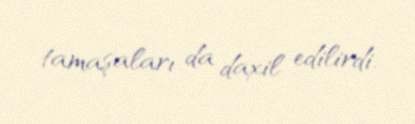
tamaşaları da daxil edilirdi.